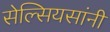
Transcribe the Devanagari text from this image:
सेल्सियसांनी